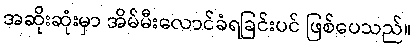
အဆိုးဆုံးမှာ အိမ်မီးလောင်ခံရခြင်းပင် ဖြစ်ပေသည်။